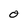
Character: O